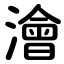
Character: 澮